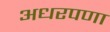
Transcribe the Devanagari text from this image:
अधरपणा